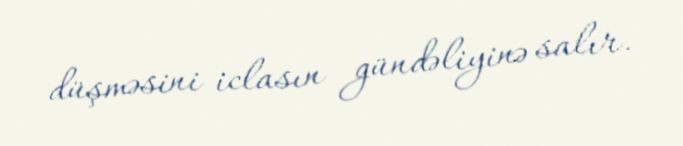
düşməsini iclasın gündəliyinə salır.